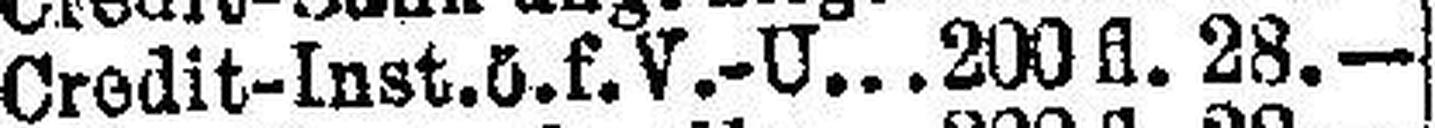
Credit-Inst. ö. f. V.-U. 200 fl. 28.—